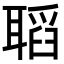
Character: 𦗌